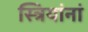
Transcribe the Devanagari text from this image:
स्त्रियांनां